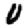
Digit: 0